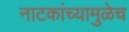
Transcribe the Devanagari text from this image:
नाटकांच्यामुळेच